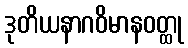
ဒုတိယနာဂဝိမာနဝတ္ထု